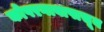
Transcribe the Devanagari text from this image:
कोपरगावापासून